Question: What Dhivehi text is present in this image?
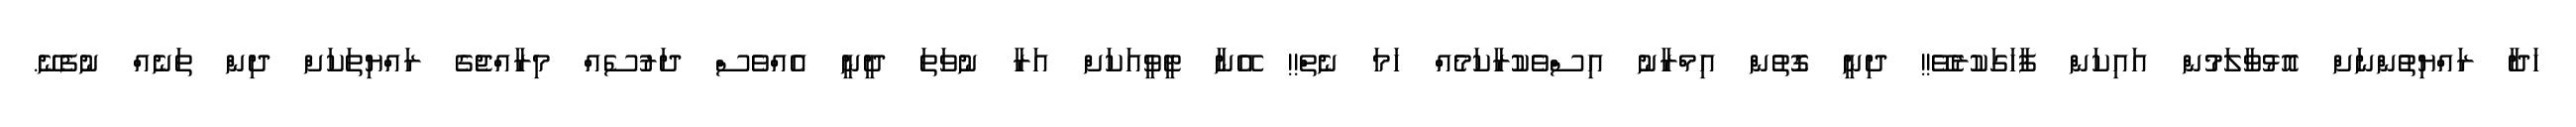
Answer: ހަދާ ރައްޔިތުންނަށް އޮޅުވާލަމުން އައިކަން ފާހަގަކުރެވޭ!! ދިނީ ގޮތުން އިމްރާނު އިސްވެކުރާކަމެއް ހަމަ ނެތް!! އޭނާ ޓީވީއަކަށް އަރާ ނުވަތަ ދީނީ އެއްވެސް ދަރުސެއް މިރާއްޖެގެ ރައްޔިތަކަށް ދިން ތަނެއް ނުފެނޭ.